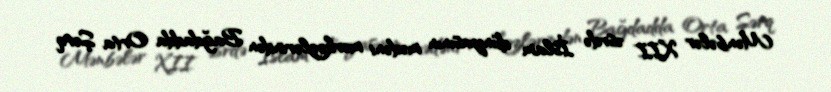
Mənbələr XII əsrdə İslam dünyasının mədəni mərkəzlərindən Bağdadda Orta Şərq